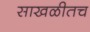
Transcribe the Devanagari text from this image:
साखळीतच